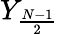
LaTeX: Y_{\frac{N-1}{2}}